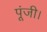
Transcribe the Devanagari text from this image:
पूंजी।